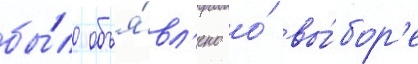
бы́ло объя́вл'ено о́ вы́бор'е